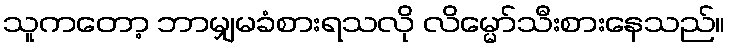
သူကတော့ ဘာမျှမခံစားရသလို လိမ္မော်သီးစားနေသည်။